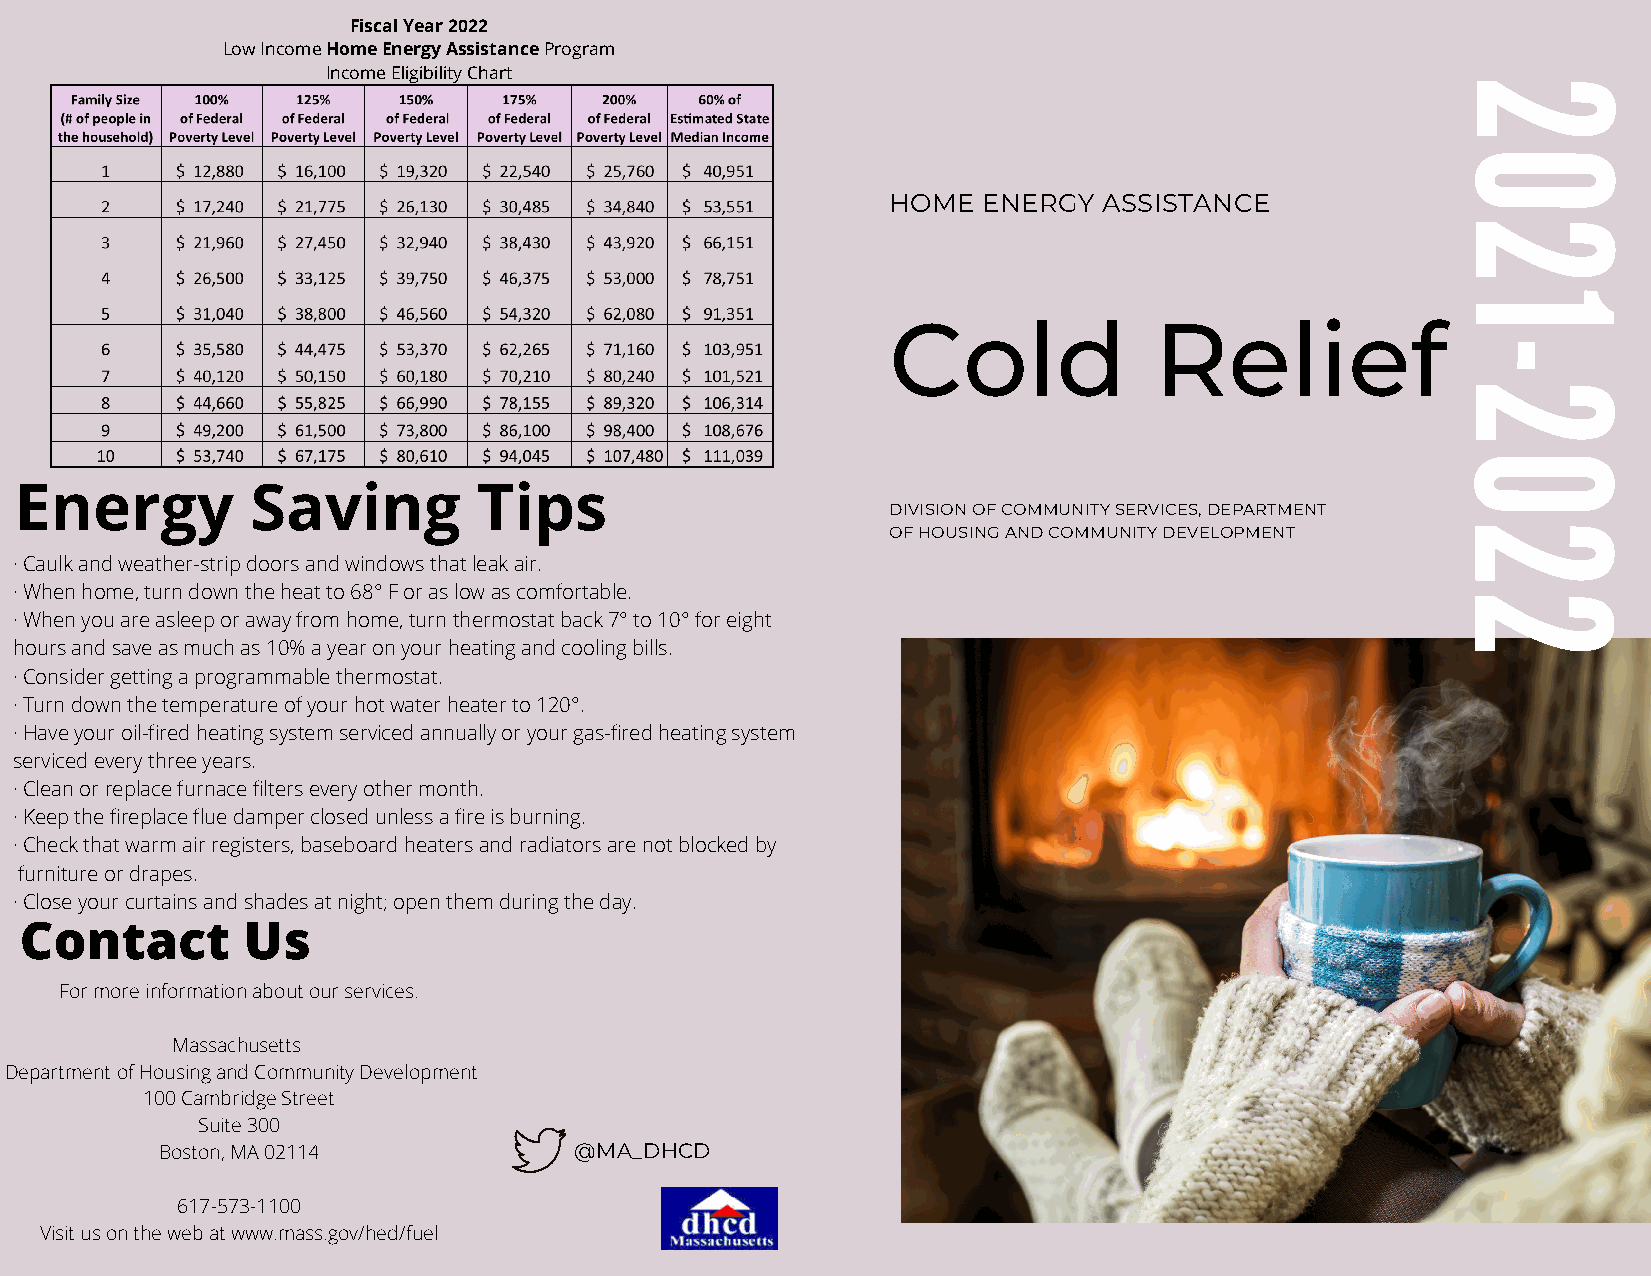
Fiscal Year 2022
 Low Income Home Energy Assistance Program
 Income Eligibility Chart
 2
 0
 HOME  ENERGY  ASSISTANCE
 2
 1
 Cold             Relief
 -
 2
 0
 Energy          Saving         Tips
 DIVISION OF COMMUNITY SERVICES, DEPARTMENT
 OF HOUSING AND COMMUNITY DEVELOPMENT   2
 · Caulk and weather-strip doors and windows that leak air.
 · When home, turn down the heat to 68° F or as low as comfortable.
 2
 · When you are asleep or away from home, turn thermostat back 7° to 10° for eight
 hours and save as much as 10% a year on your heating and cooling bills.
 · Consider getting a programmable thermostat.
 · Turn down the temperature of your hot water heater to 120°.
 · Have your oil-fired heating system serviced annually or your gas-fired heating system
 serviced every three years.
 · Clean or replace furnace filters every other month.
 · Keep the fireplace flue damper closed unless a fire is burning.
 · Check that warm air registers, baseboard heaters and radiators are not blocked by
 furniture or drapes.
 · Close your curtains and shades at night; open them during the day.
 Contact        Us
 For more information about our services.
 Massachusetts
 Department of Housing and Community Development
 100 Cambridge Street
 Suite 300
 Boston, MA 02114           @MA_DHCD
 617-573-1100
 Visit us on the web at www.mass.gov/hed/fuel